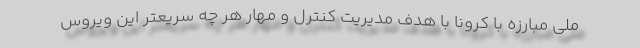
ملی مبارزه با کرونا با هدف مدیریت کنترل و مهار هر چه سریعتر این ویروس